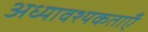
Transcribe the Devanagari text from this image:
अध्यावश्यकताएँ